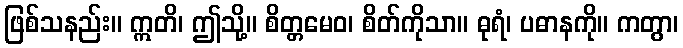
ဖြစ်သနည်း။ ဣတိ၊ ဤသို့။ စိတ္တမေဝ၊ စိတ်ကိုသာ။ ဓုရံ၊ ပဓာနကို။ ကတွာ၊